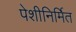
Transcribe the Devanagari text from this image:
पेशीनिर्मित